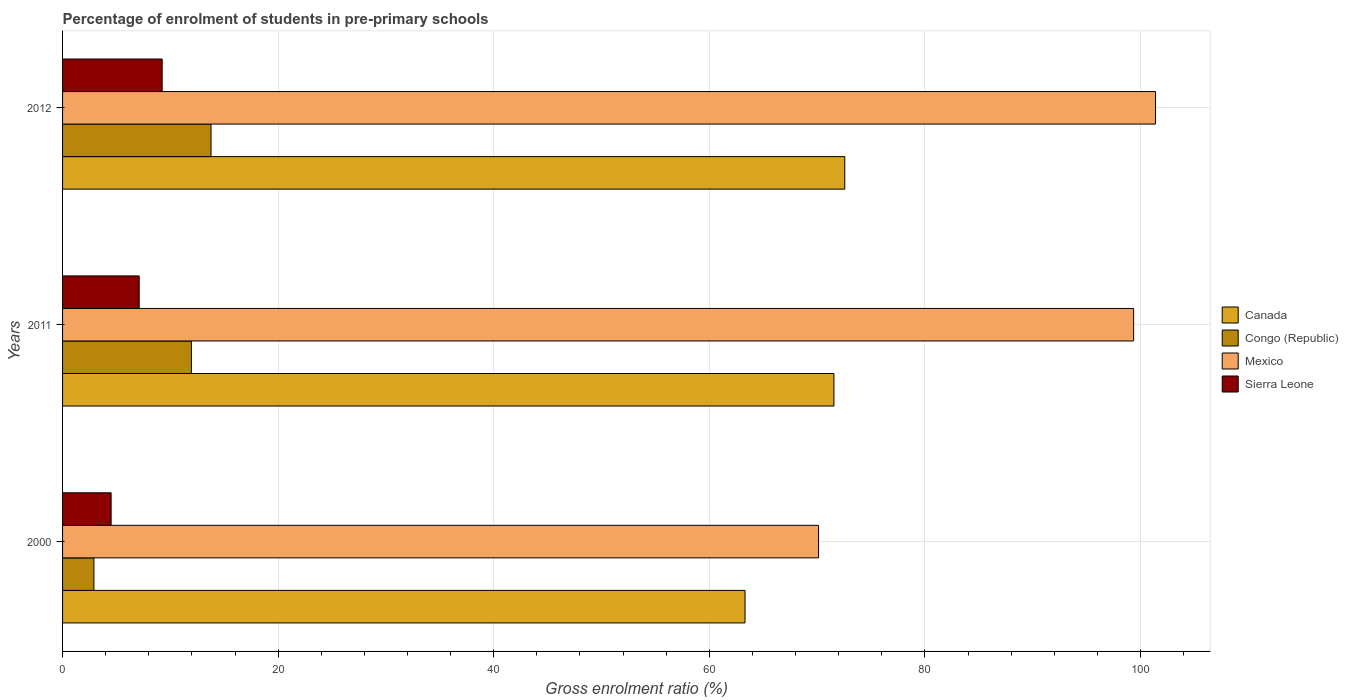
| Years | Canada | Congo (Republic) | Mexico | Sierra Leone |
 | --- | --- | --- | --- | --- |
 | 2000 | 63.3 | 2.91 | 70.1 | 4.5 |
 | 2011 | 71.6 | 12 | 99.4 | 7.11 |
 | 2012 | 72.6 | 13.8 | 101 | 9.24 |